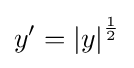
y'=\left\vert y\right\vert ^{\frac {1}{2}}